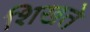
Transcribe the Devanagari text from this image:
शिखते